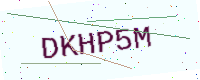
Text: DKHP5M